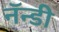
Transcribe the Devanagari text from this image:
नॅन्डी